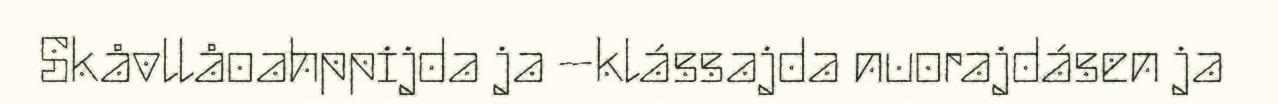
Skåvllåoahppijda ja –klássajda nuorajdásen ja